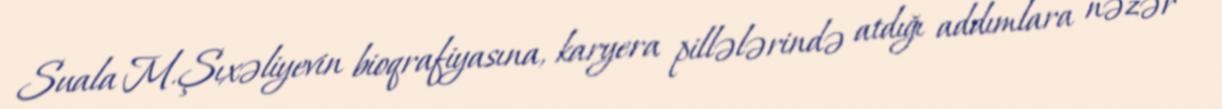
Suala M.Şıxəliyevin bioqrafiyasına, karyera pillələrində atdığı addımlara nəzər